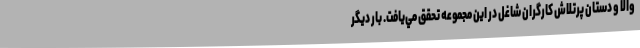
والا و دستان پرتلاش كارگران شاغل در اين مجموعه تحقق مي‌يافت. بار ديگر